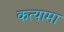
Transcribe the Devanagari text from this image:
कत्यामा